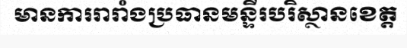
មានការរារាំងប្រធានមន្ទីរបរិស្ថានខេត្ត